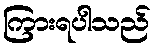
ကြားရပါသည်